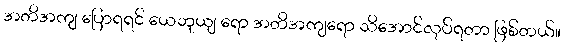
အတိအကျ ပြောရရင် ယေဘုယျ ရော အတိအကျရော သိအောင်လုပ်ရတာ ဖြစ်တယ်။